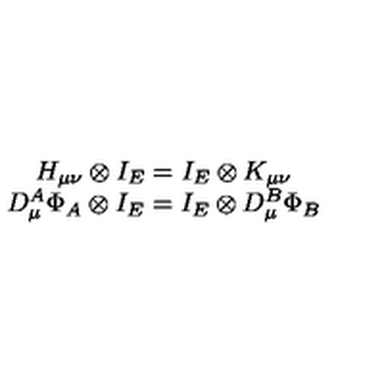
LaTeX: \begin{array} { c } { H _ { \mu \nu } \otimes I _ { E } = I _ { E } \otimes K _ { \mu \nu } } \\ { D _ { \mu } ^ { A } \Phi _ { A } \otimes I _ { E } = I _ { E } \otimes D _ { \mu } ^ { B } \Phi _ { B } } \\ \end{array}